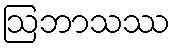
ဩဘာသဿ